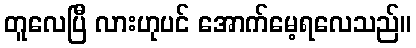
တူလေပြီ လားဟုပင် အောက်မေ့ရလေသည်။